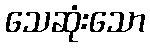
သေဆုံးသော